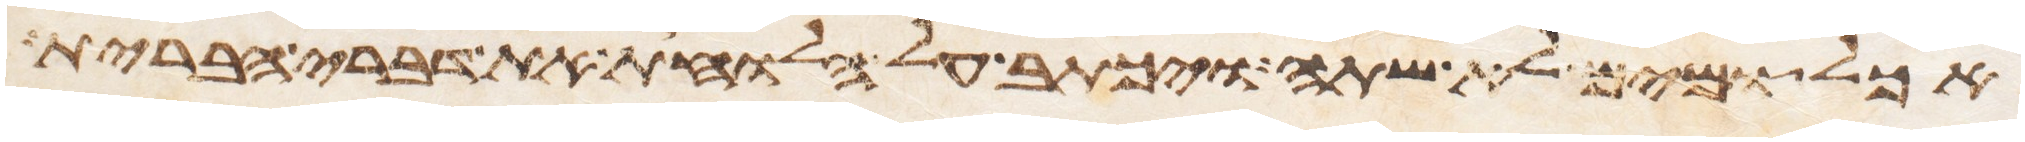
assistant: אכל ומים לא שתה ויכתב על הלוחות את דברי הברית